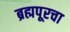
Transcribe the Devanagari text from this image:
ब्रह्मपूरचा